Report of the Municipal Commissioner on the plague in Bombay for the year ending 31st May... - Volume 1
Disease focus: Plague
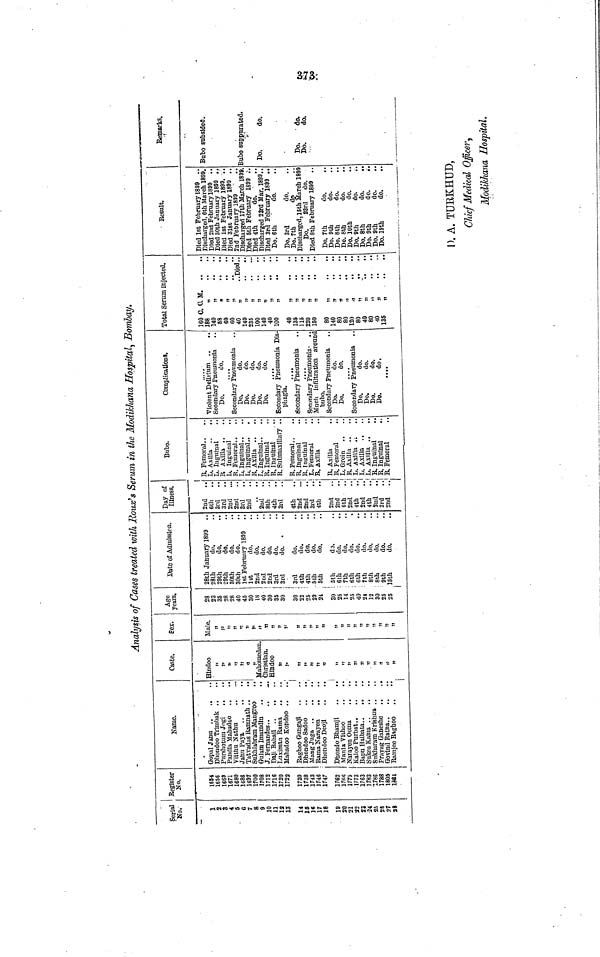
373
Analysis of Cases treated with Route's Serum in the Modikhana Hospital Bombay.
ferial
No.
1
2
3
4
5
G
7
8
9
10
11
12
13
14
15
]6
17
18
19
20
21
32
23
24
25
2S
27
38
' Begister
No.
1654
1656
1669
1671
1680
1688
1697
1700
1708
1712
1716
1720
1723
1730
1738
1743
1746
1747
1762
17BB
1775
1773
1763
1783
1786
1788
1805
1684
1
Name.
Gopal Janu
Dhondoo Trlmbak ..
Purshotum Jng:
Pandia Mabadoo ..
..
Viithu Nathu
Janu Paya
Tatvadas Bamnath . .
Sukhlabram Maugroo
Gulam Imamdla
J. Fernandes
DaJiBabatt
Luximan Bama
Mahadoo Kondoo ..
1
Baghoo Gungaji
Dhondoo Sadoo
..
..
MangJuga
'
BamaNarayen
..
Dhondoo Deojl
i
DhondoBhamji
..
..'
Mania Vlthoo
NarayenOoma
KalooPurbat
BapnHaibata
SukeaKama
Sukharam Krisb.ua . .
Prayag Ganeshe
..
..
Bamjee Bsghoo
. .
• •
i
Caste.
Hindoo
j>
ji
»
>)
j)
it
Mahomedan.
Christian.
Hindoo
i)
i>
5J
11
JJ
JT
W
)J
ij
1)
J)
jj
1)
9)
a
»
Eex.
Male.
jj
ji
JJ
))
l)
!>
11
»t
1)
}J
)>
JJ
JJ
))
))
JJ
J»
)(
5j
JJ
JJ
Jj
1J
jj
JJ
11
»
Age
years.
28
23
35
28
28
40
45
30
18
40
30
35 j
30 J
i
30 '
22 !
25
29
2-1 .
(
30 !
25 :
14
25
40 .'
24
12
30
25
25
1
Date of Admission.
28th January 1899 . .
28th
do.
29th
do.
29th
do.
30th
do.
30th
do.
1st February 1899
Jst
do.
2nd
do.
2tul
do.
2nd
do.
3rd
do.
3rd
do.
3rd
do.
4th
do.
4th
do.
5th
do.
5th
do.
6th
d3.
6th
do.
7th
do.
6th
do.
Cth
do.
7th
do.
8th
do.
8th
do.
9th
do.
.
15th
do.
Day of
Illness.
2nd
6th
3rd
3rd
2nd
2nd
3rd
2nd
2nd
','.
8th
4th
3rd
4th
2nd
...
2nd
3rd
..!
4th
2nd
2nd
6th
..!
2nd
..1
4th
..j
2nd
.J
4th
.J
2nd .1
3rd
..1
2nd . '
Bubo.
1
B. Femoral..
L. Axilla . .
L. Inguinal
B Axilla ..
L. Inguinal
B. Femoral..
L. Inguinal..
L. inguinal..
B. Axilla ..
J,. Inguinal..
B. Inguinal
B, Inguinal
. .
B. SubinaxHlary .
B. Femoral..
B. Inguinal
B, Inguinal
L. Femoral
..
B. Axilla
B. Axilla
B. Femoral
L. Groin
B. Axilla
L. Axilla
L. Axilla
L. Axilla
B. Inguinal
..
B. Inguinal
. .
B. Femoral
Complications.
Violent Delirium ..
..
Secondary Pneumonia
. .
Do.
do.
....
Secondary Pneumonia
Do.
do.
Do.
do.
Do.
do.
Do.
do.
Do.
do.
. . ••
Secondary Pneumonia Dis-
phagia.
Secondary Pneumonia
....
Secondary Pneumonia •
Much infiltration around
bubo.
Secondary pneumonia
Do.
do.
Do.
do.
....
Secondary Pneumonia
..
Do.
do.
Do.
do.
Do.
do.
Do.
do .
Total Serum injected.
160 C. 0. M.
..
188
„
140
..
.
88
£
..
..
60
„
..
..
60
..
..
40
„
..Died..
140
',
.
..
235
„
100
„
140
"
.
..
40
',
.
..
100
„
.
..
40
„
135
„
..
..
115
..
..
220
..
..
150
"
..
..
80
„
..
..
140
„
..
..
80
"
..
..
80
"
120
„
.
..
80
„
40
.
..
80
"
.
..
40
„
.
135
„
.
..
Result.
Died 1st February 1899 .
Discharged, 6th March 1899
Died 2nd February 1899 .
Died 30th January 1899 .
Died 1st February 1899. .
Died 31st January 1899 .
2nd February 1899
Discharged 17th March 1898
Died 6th February 1899 . -
Died 4th
do.
Discharged 23rd Mar. 1899.
Died 3rd February 1899 ..
Do. 6th
do.
Do. 3rd
do.
Do. 7th
do
Discharged, 15th March 1899
Do.
23rd
do.
Died 8th February 1899 . .
Do. 7th
do.
Do. 9th
do.
Do. 8th
do.
Do. 8th
do.
Do. 10th
do.
Do. 9th
do.
Do. 8th
do.
..
Do. 9th
do.
..
Do. 9th
do.
..
Do. 19th
do.
Bemarks.
Bubo subsidefl.
Bubo suppurated.
Do.
do.
Do.
do.
Do.
do.
I). A. TURKHUD,
Chief Medical Officer•,
Modikhana Hospital.